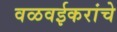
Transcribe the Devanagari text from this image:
वळवईकरांचे